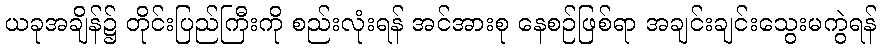
ယခုအချိန်၌ တိုင်းပြည်ကြီးကို စည်းလုံးရန် အင်အားစု နေစဉ်ဖြစ်ရာ အချင်းချင်းသွေးမကွဲရန်